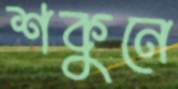
শকুনে